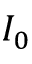
I _ { 0 }